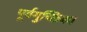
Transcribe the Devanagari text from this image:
पूर्वगुच्छिका